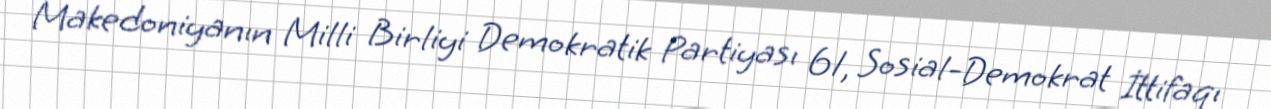
Makedoniyanın Milli Birliyi Demokratik Partiyası 61, Sosial-Demokrat İttifaqı